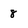
Character: 8